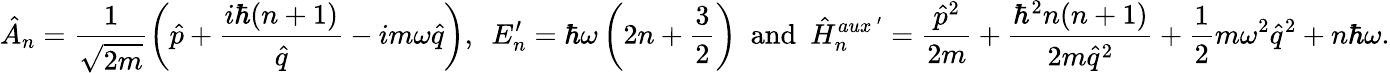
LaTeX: \hat{A}_{n}=\frac{1}{\sqrt{2m}}\left(\hat{p}+\frac{i\hbar(n+1)}{\hat{q}}-im\omega\hat{q}\right),~~E_{n}^{\prime}=\hbar\omega\left(2n+\frac{3}{2}\right)~~\mathrm{and}~~\hat{H}_{n}^{aux~^{\prime}}=\frac{\hat{p}^{2}}{2m}+\frac{\hbar^{2}n(n+1)}{2m\hat{q}^{2}}+\frac{1}{2}m\omega^{2}\hat{q}^{2}+n\hbar\omega.